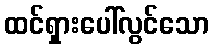
ထင်ရှားပေါ်လွင်သော